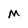
Character: M